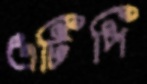
এটিপি